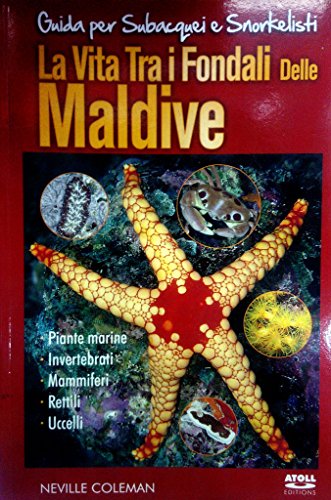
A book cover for La Vita Tra i Fondali Delle Maldive (Marine Life of the Maldives) ITALIAN by Bodubazar; Neville Coleman; Travel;